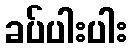
ခပ်ပါးပါး